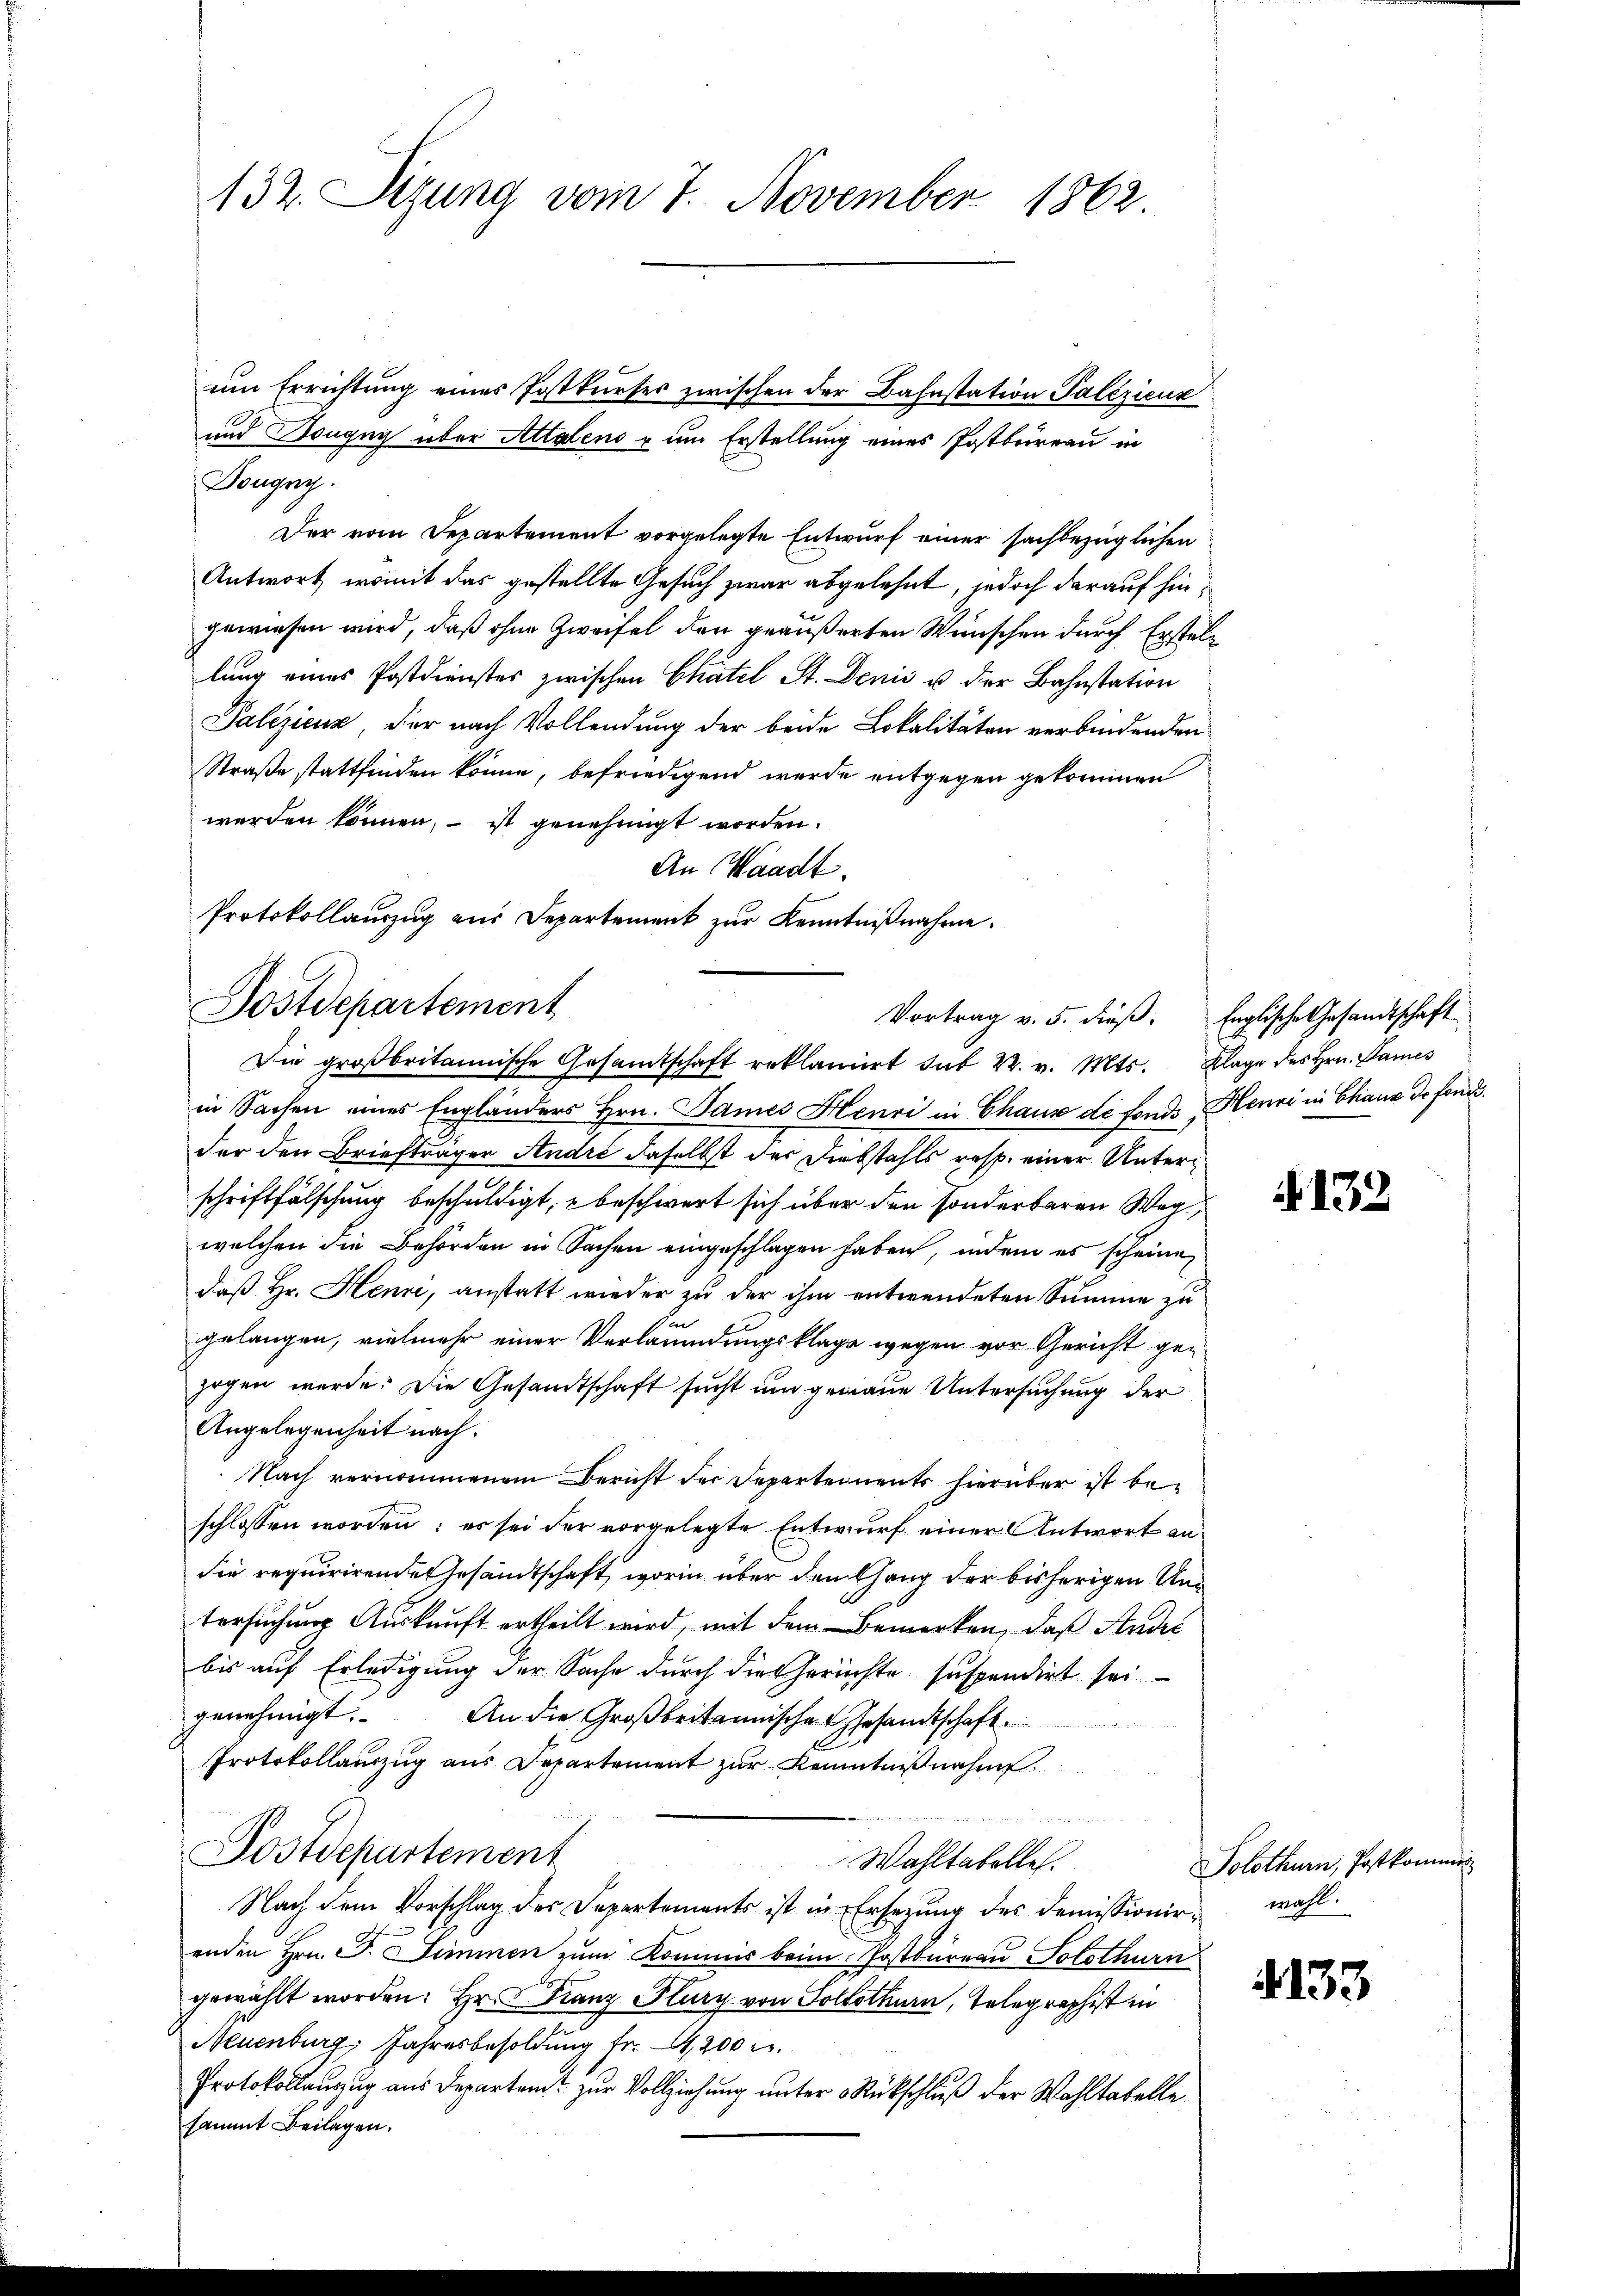
132. Sitzung vom 7. November 1862.

Dougny.
Der vom Departement vorgelegte Entwurf einer sachbezüglichen
Antwort, womit das gestellte Gesuch zwar abgelehnt, jedoch darauf hingewiesen wird, daß ohne Zweifel den geäußerten Wünschen durch Erstellung eines Postdienstes zwischen Chatel St. Denis u der Bahnstation
Palezicus, der nach Vollendung der beide Lokalitäten verbindenden
Straße stattfinden könne, befriedigend werde entgegen gekommen
werden können, – ist genehmigt worden.
An Waadt.
Protokollauszug aus Departement zŭr Kenntniβnahme.

um Errichtung eines Postkurses zwischen der Bahnstation Palezicur
und Dougnn über Attalens u um Erstellung eines Postbüreau in

Postdepartement
Vortrag v. 5. dieß. Englische Gesandtschaft
Die großbritannische Gesamtschaft reklamirt sub 22. v. Mts. Klage des Hrn. Dames

in Sachen eines Engländers Hrn. James Henri in Chaus de fonde Henri in Chaux de fonds.
der den Briefträger Andre daselbst der Diebstahls resp. einer Unterschriftfälschung beschuldigt, - beschwert sich über den sonderbaren Weg,
welchen die Behörden in Sachen eingeschlagen haben, indem es scheine
daß Hr. Heure, anstatt wieder zu der ihm entwendeten Summe zu
gelangen, vielmehr einer Verleumdungsklage wegen vor Gericht gezogen werde. Die Gesandtschaft sucht und genaue Untersuchung der
Angelegenheit nach.
Nach vernommenem Bericht der Departennents hierüber ist beschlossen worden; es sei der vorgelegte Entwurf einer Antwort andie requirirende Gesandtschaft, worin über dem Gang der bisherigen Untersuchung Auskunft ertheilt wird, mit dem Bemerken, daß Studie
bis auf Erledigung der Sache durch die Gerichte suspendirt seigenehmigt. An die Großbritannische Gesandtschaft
Protokollauszug aus Departement zŭr Kenntnißnahm

Postdepartement
Wahltabelle.
Nach dem Vorschlag des Departements ist in Ersezung des Demissionir, wohl.
enden Hrn. F. Simmen zum Kommis beim Postbureau Solothurn
gewählt worden. Hr. Franz Plury von Solothurn, Telegraphist in
Neuenburg, Jahresbesoldung fr. 4,200 l.
Protokollauszug aus Departem zur Vollziehung unter Rückschluß der Wahltabelle
sammt Beilagen.

. 132

Solothurn, Postkommis

4153